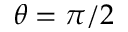
\theta = \pi / 2